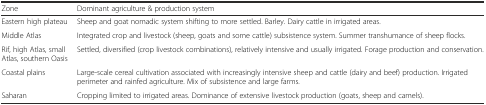
<table><thead><tr><td><b>Zone</b></td><td><b>Dominant agriculture &amp; production system</b></td></tr></thead><tbody><tr><td>Eastern high plateau</td><td>Sheep and goat nomadic system shifting to more settled. Barley. Dairy cattle in irrigated areas.</td></tr><tr><td>Middle Atlas</td><td>Integrated crop and livestock (sheep, goats and some cattle) subsistence system. Summer transhumance of sheep flocks.</td></tr><tr><td>Rif, high Atlas, small Atlas, southern Oasis</td><td>Settled, diversified (crop livestock combinations), relatively intensive and usually irrigated. Forage production and conservation.</td></tr><tr><td>Coastal plains</td><td>Large-scale cereal cultivation associated with increasingly intensive sheep and cattle (dairy and beef) production. Irrigated perimeter and rainfed agriculture. Mix of subsistence and large farms.</td></tr><tr><td>Saharan</td><td>Cropping limited to irrigated areas. Dominance of extensive livestock production (goats, sheep and camels).</td></tr></tbody></table>